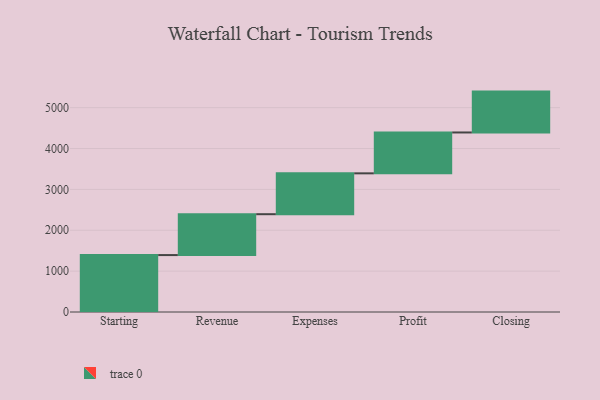
{"axis": {"x": "Step", "y": "Value"}, "legend": [""], "data": [{"x": "Starting", "y": 1393.0, "type": ""}, {"x": "Revenue", "y": 1000, "type": ""}, {"x": "Expenses", "y": 1000, "type": ""}, {"x": "Profit", "y": 1000, "type": ""}, {"x": "Closing", "y": 1000, "type": ""}]}